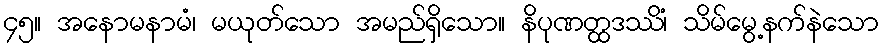
၄၅။ အနောမနာမံ၊ မယုတ်သော အမည်ရှိသော။ နိပုဏတ္ထဒဿိံ၊ သိမ်မွေ့နက်နဲသော